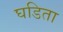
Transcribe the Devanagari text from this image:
घडिता